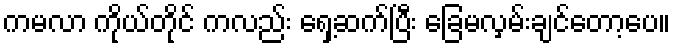
ကမလာ ကိုယ်တိုင် ကလည်း ရှေ့ဆက်ပြီး ခြေမလှမ်းချင်တော့ပေ။